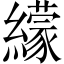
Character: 𦆟